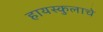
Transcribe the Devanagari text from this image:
हायस्कुलाचे